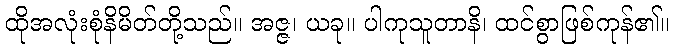
ထိုအလုံးစုံနိမိတ်တို့သည်။ အဇ္ဇ၊ ယခု။ ပါကုသူတာနိ၊ ထင်စွာဖြစ်ကုန်၏။